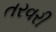
તરવરી